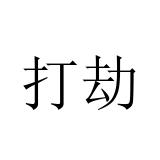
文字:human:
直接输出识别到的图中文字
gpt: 打劫